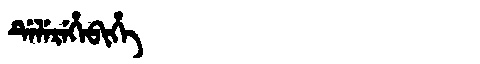
Manchu: ᡩᡝᠯᡝᡵᡝᡥᡝᠪᡳᡥᡝ
Romanization: DELEREHEBIHE